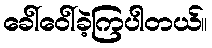
ခေါ်ဝေါ်ခဲ့ကြပါတယ်။